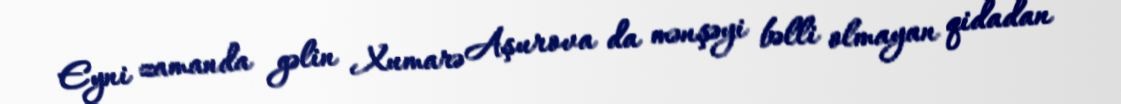
Eyni zamanda gəlin Xumarə Aşurova da mənşəyi bəlli olmayan qidadan